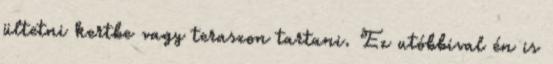
ültetni kertbe vagy teraszon tartani. Ez utóbbival én is